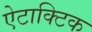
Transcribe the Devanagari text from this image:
ऐटाक्टिक